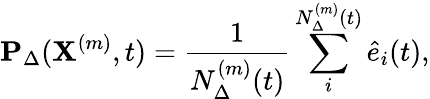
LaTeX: \mathbf{P}_{\Delta}(\mathbf{X}^{(m)},t)=\frac{1}{N_{\Delta}^{(m)}(t)}\sum_{i}^{N_{\Delta}^{(m)}(t)}\hat{e}_{i}(t),